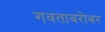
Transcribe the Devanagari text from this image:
गवताबरोबर